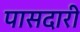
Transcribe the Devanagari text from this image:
पासदारी